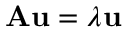
\mathbf { A } \mathbf { u } = \lambda \mathbf { u }